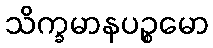
သိက္ခမာနပဉ္စမော